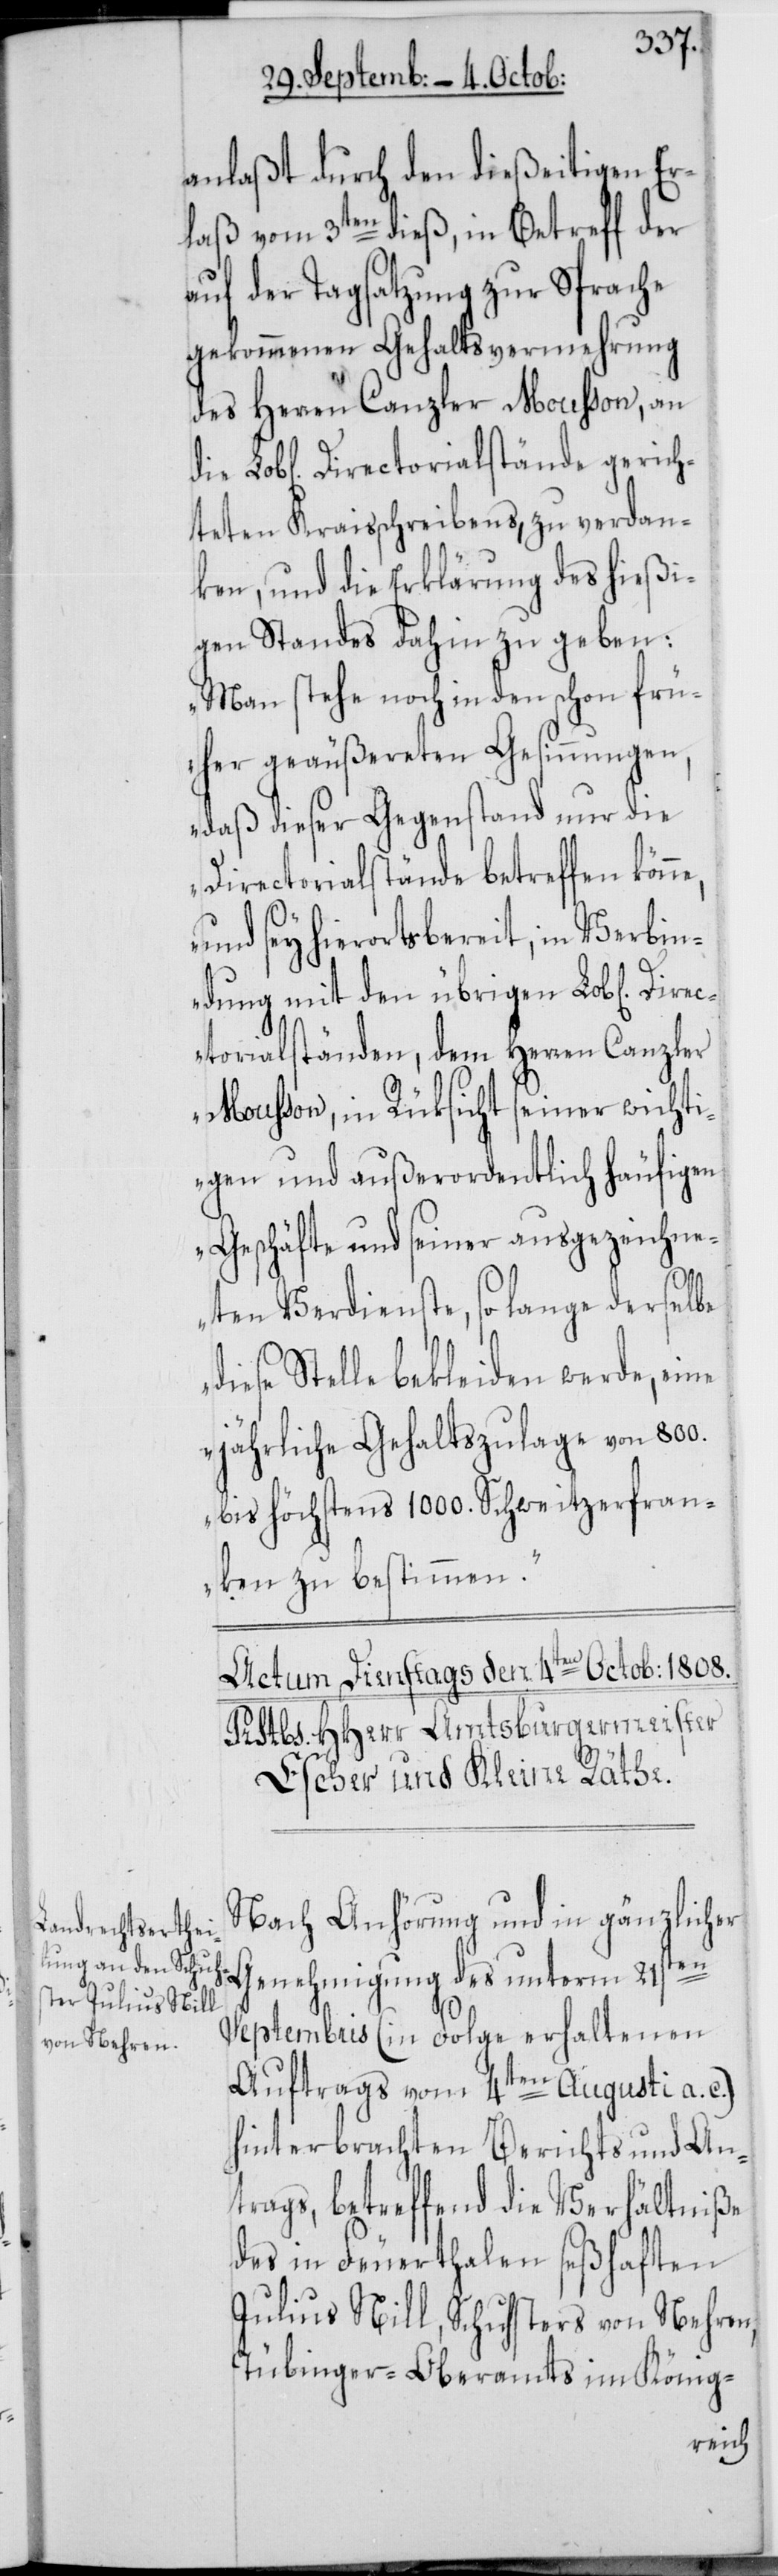
anlaßt durch den dießeitigen Er¬
laß vom 3ten dieß, in Betreff der
auf der Tagsatzung zur Sprache
gekommenen Gehaltsvermehrung
des Herren Canzler Mousson, an
teten Kraisschreibens, zu verdan¬
ken, und die Erklärung des hießi¬
gen Standes dahin zu geben:
„Man stehe noch in den schon frü¬
her geäußereten Gesinnungen,
daß dieser Gegenstand nur die
Directorialstände betreffen
und sey hierorts bereit, in Verbin¬
dung mit den übrigen Lob[lichen]
torialständen, dem Herren Canzler
Moßon, in Rüksicht seiner wichti¬
gen und außerordentlich häufigen
Geschäfte und seiner ausgezeichne¬
ten Verdienste, so lange derselbe
diese Stelle bekleiden werde, eine
jährliche Gehaltszulage von 800.
bis höchsten 1000. Schweitzerfran¬
ken zu bestimmen.“
Nach Anhörung und in gänzlicher
Genehmigung des unterm 21sten
Septembris (in Folge erhaltenen
Auftrags vom 4ten Augusti a. c.)
hinterbrachten Berichts und An¬
trags, betreffend die Verhältniße
des in Feuerthalen seßhaften
Julius Nill, Schusters von Nehren,
Tübinger-Oberamts im König-
Direc¬